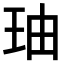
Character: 𤤧